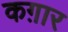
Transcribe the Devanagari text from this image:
कग़ार